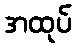
အထုပ်